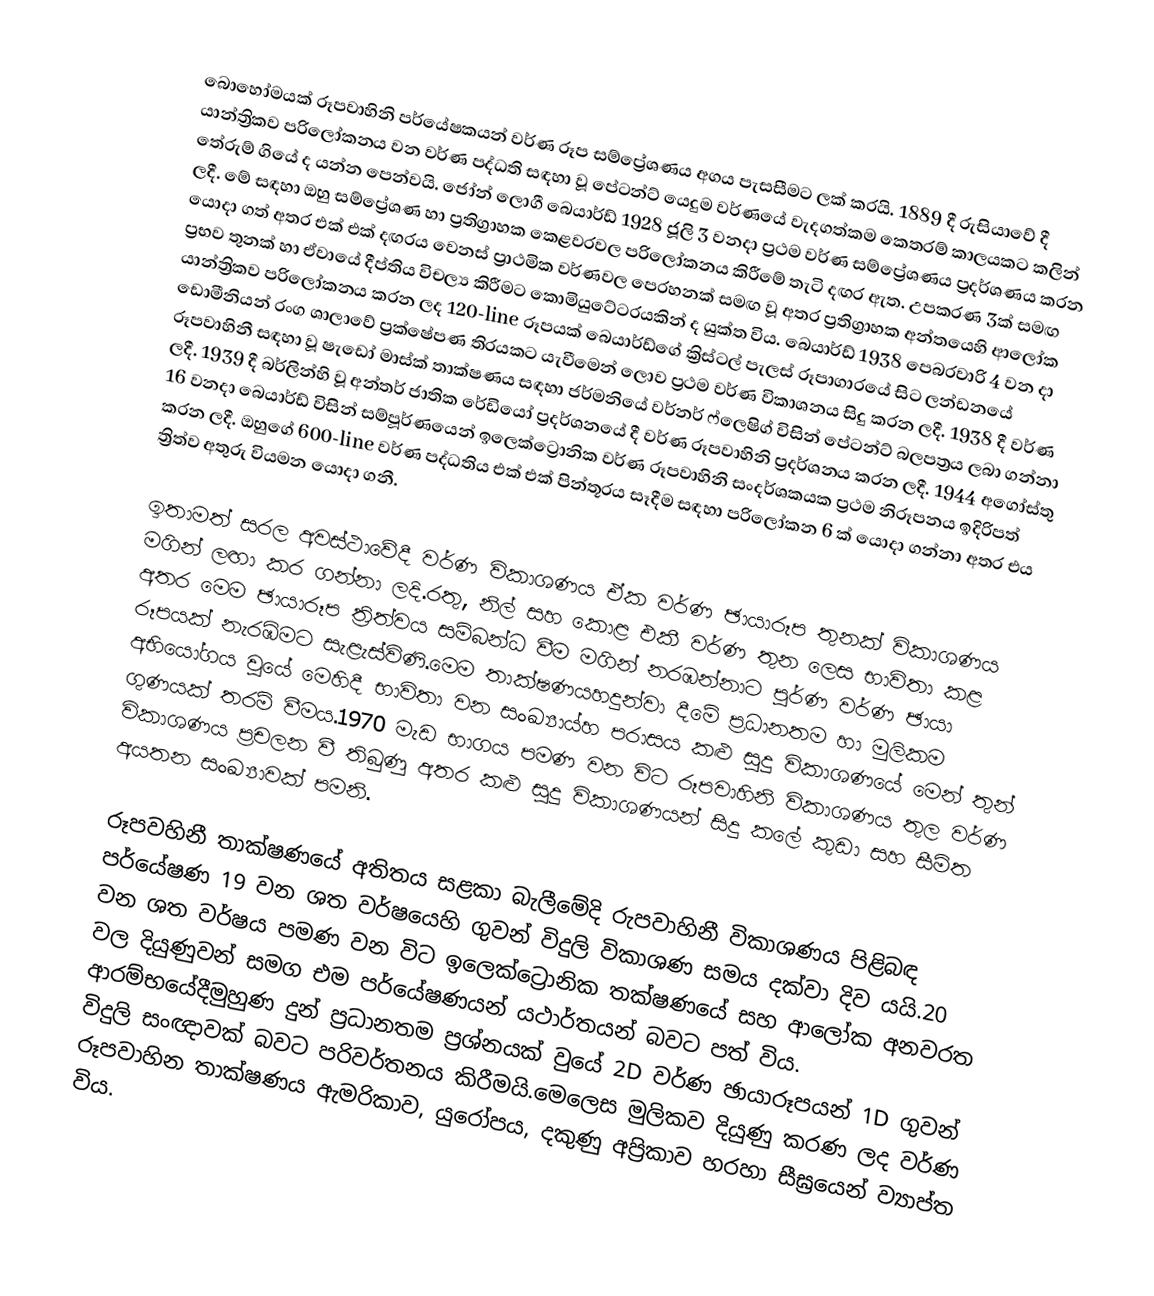
බොහෝමයක් රූපවාහිනි පර්යේෂකයන් වර්ණ රූප සම්ප්‍රේශණය අගය පැසසීමට ලක් කරයි. 1889 දී රුසියාවේ දී යාන්ත්‍රිකව පරිලෝකනය වන වර්ණ පද්ධති සඳහා වූ පේටන්ට් යෙදුම වර්ණයේ වැදගත්කම කෙතරම් කාලයකට කලින් තේරුම් ගියේ ද යන්න පෙන්වයි. ජෝන් ලොගී බෙයාර්ඩ් 1928 ජූලි 3 වනදා ප්‍රථම වර්ණ සම්ප්‍රේශණය ප්‍රදර්ශණය කරන ලදී. මේ සඳහා ඔහු සම්ප්‍රේශණ හා ප්‍රතිග්‍රාහක කෙළවරවල පරිලෝකනය කිරීමේ තැටි දඟර ඇත. උපකරණ 3ක් සමඟ යොදා ගත් අතර එක් එක් දඟරය වෙනස් ප්‍රාථමික වර්ණවල පෙරහනක් සමඟ වූ අතර ප්‍රතිග්‍රාහක අන්තයෙහි ආලෝක ප්‍රභව තුනක් හා ඒවායේ දීප්තිය විචල්‍ය කිරීමට කොමියුටේටරයකින් ද යුක්ත විය. බෙයාර්ඩ් 1938 පෙබරවාරි 4 වන දා යාන්ත්‍රිකව පරිලෝකනය කරන ලද 120-line රූපයක් බෙයාර්ඩ්ගේ ක්‍රිස්ටල් පැලස් රූපාගාරයේ සිට ලන්ඩනයේ ඩොමීනියන් රංග ශාලාවේ ප්‍රක්ෂේපණ තිරයකට යැවීමෙන් ලොව ප්‍රථම වර්ණ විකාශනය සිදු කරන ලදී. 1938 දී වර්ණ රූපවාහිනී සඳහා වූ ෂැඩෝ මාස්ක් තාක්ෂණය සඳහා ජර්මනියේ වර්නර් ‍ෆ්ලෙෂිග්  විසින් පේටන්ට් බලපත්‍රය ලබා ගන්නා ලදී. 1939 දී බර්ලින්හි වූ අන්තර් ජාතික රේඩියෝ ප්‍රද‍ර්ශනයේ දී වර්ණ රූපවාහිනි ප්‍රදර්ශනය කරන ලදී. 1944 අගෝස්තු 16 වනදා බෙයාර්ඩ් විසින් සම්පූර්ණයෙන් ඉලෙක්ට්‍රොනික වර්ණ රූපවාහිනි සංදර්ශකයක ප්‍රථම නිරූපනය ඉදිරිපත් කරන ලදී. ඔහුගේ 600-line වර්ණ පද්ධතිය එක් එක් පින්තූරය සෑදීම සඳහා පරිලෝකන 6 ක් ‍යොදා ගන්නා අතර එය ත්‍රිත්ව අතුරු වියමන යොදා ගනී.

ඉතාමත් සරල අවස්ථාවේදී වර්ණ විකාශණය ඒක වර්ණ ඡායාරූප තුනක් විකාශණය මගින් ලඟා කර ගන්නා ලදි.රතු, නිල් සහ කොළ එකී වර්ණ තුන ලෙස භාවිතා කළ අතර මෙම ඡායාරූප ත්‍රිත්වය සම්බන්ධ වීම මගින් නරඹන්නාට පූර්ණ වර්ණ ඡායා රූපයක් නැරඹිමට සැළැස්විණි.මෙම තාක්ෂණයහදුන්වා දීමේ ප්‍රධානතම හා මුලිකම අභියෝගය වූයේ මෙහිදී භාවිතා වන සංඛ්‍යාය්හ පරාසය කළු සුදු විකාශණයේ මෙන් තුන් ගුණයක් තරම් වීමය.1970 මැඩ භාගය පමණ වන විට රූපවාහිනි විකාශණය තුල වර්ණ විකාශණය ප්‍රචලන වී තිබුණු අතර කළු සුදු විකාශණයන් සිදු කලේ කුඩා සහ සීමිත අයතන සංඛ්‍යාවක් පමනි.

රූපවහිනී තාක්ෂණයේ අතිතය සළකා බැලීමේදි රුපවාහිනී විකාශණය පිළිබඳ පර්යේෂණ 19 වන ශත වර්ෂයෙහි ගුවන් විදුලි විකාශණ සමය දක්වා දිව යයි.20 වන ශත වර්ෂය පමණ වන විට ඉලෙක්ට්‍රොනික තක්ෂණයේ සහ ආලෝක අනවරත වල දියුණුවන් සමග එම පර්යේෂණයන් යථාර්තයන් බවට පත් විය. ආරම්භයේදීමුහුණ දුන් ප්‍රධානතම ප්‍රශ්නයක් වුයේ 2D වර්ණ ඡායාරූපයන් 1D ගුවන් විදුලි සංඥාවක් බවට පරිවර්තනය කිරීමයි.මෙලෙස මුලිකව දියුණු කරණ ලද වර්ණ රූපවාහින තාක්ෂණය ඇමරිකාව, යුරෝපය, දකුණු අප්‍රිකාව හරහා සීඝ්‍රයෙන් ව්‍යාප්ත විය.